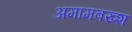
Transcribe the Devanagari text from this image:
अमामबख्श